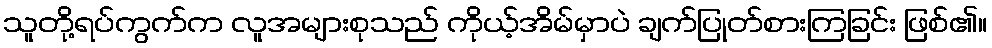
သူတို့ရပ်ကွက်က လူအများစုသည် ကိုယ့်အိမ်မှာပဲ ချက်ပြုတ်စားကြခြင်း ဖြစ်၏။